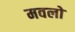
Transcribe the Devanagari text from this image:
मवलो